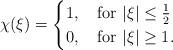
LaTeX: \begin{align*}\chi(\xi)=\begin{cases}1, \ \ \mbox { for } |\xi|\leq\frac{1}{2}\\0, \ \ \mbox { for } |\xi|\geq 1.\end{cases}\end{align*}